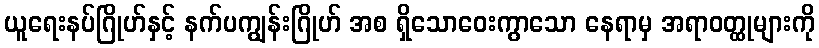
ယူရေးနပ်ဂြိုဟ်နှင့် နက်ပကျွန်းဂြိုဟ် အစ ရှိသောဝေးကွာသော နေရာမှ အရာဝတ္ထုများကို